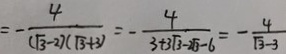
= - \frac { 4 } { ( \sqrt { 3 } - 2 ) ( \sqrt { 3 } + 3 ) } = - \frac { 4 } { 3 + 3 \sqrt { 3 } - 2 \sqrt { 3 } - 6 } = - \frac { 4 } { \sqrt { 3 } - 3 }